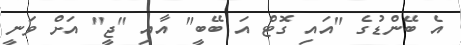
އެ ބޭންޑުގެ "އައި ގޮޓް އަ ބޭބީ" އާއި "ޖީ" އަށް ވަނީ